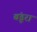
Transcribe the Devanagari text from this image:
बंडूरा